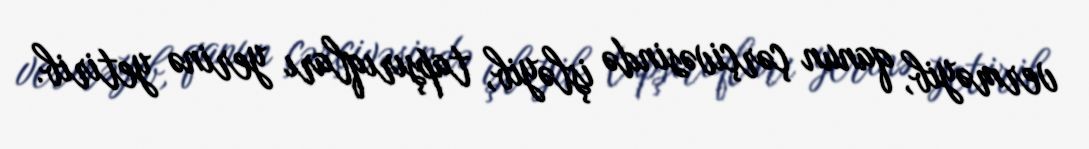
verməyib, qanun çərçivəsində işləyib, tapşırıqları yerinə yetirib.